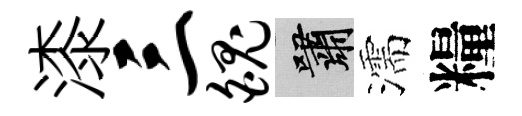
漆三魄嘯濡糧